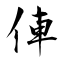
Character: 俥